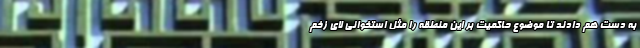
به دست هم دادند تا موضوع حاکمیت بر این منطقه را مثل استخوانی لای زخم